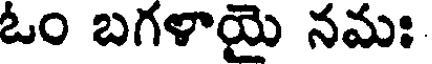
ఓం బగళాయై నమః